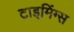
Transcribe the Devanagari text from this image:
टाइमिंग्स